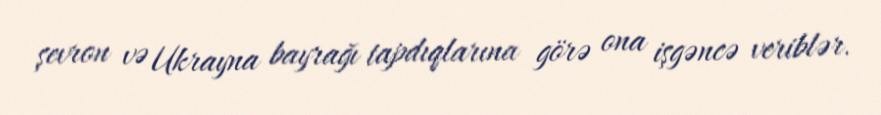
şevron və Ukrayna bayrağı tapdıqlarına görə ona işgəncə veriblər.